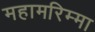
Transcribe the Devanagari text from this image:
महामरिम्मा